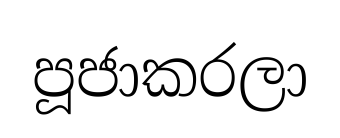
පූජාකරලා